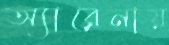
অ্যারেনায়